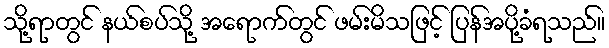
သို့ရာတွင် နယ်စပ်သို့ အရောက်တွင် ဖမ်းမိသဖြင့် ပြန်အပို့ခံရသည်။